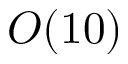
O ( 1 0 )